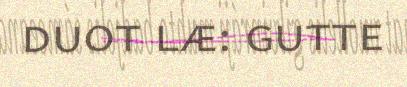
duot læ: gutte